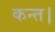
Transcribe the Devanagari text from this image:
कन्‍त।